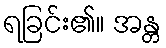
ရခြင်း၏။ အန္တ